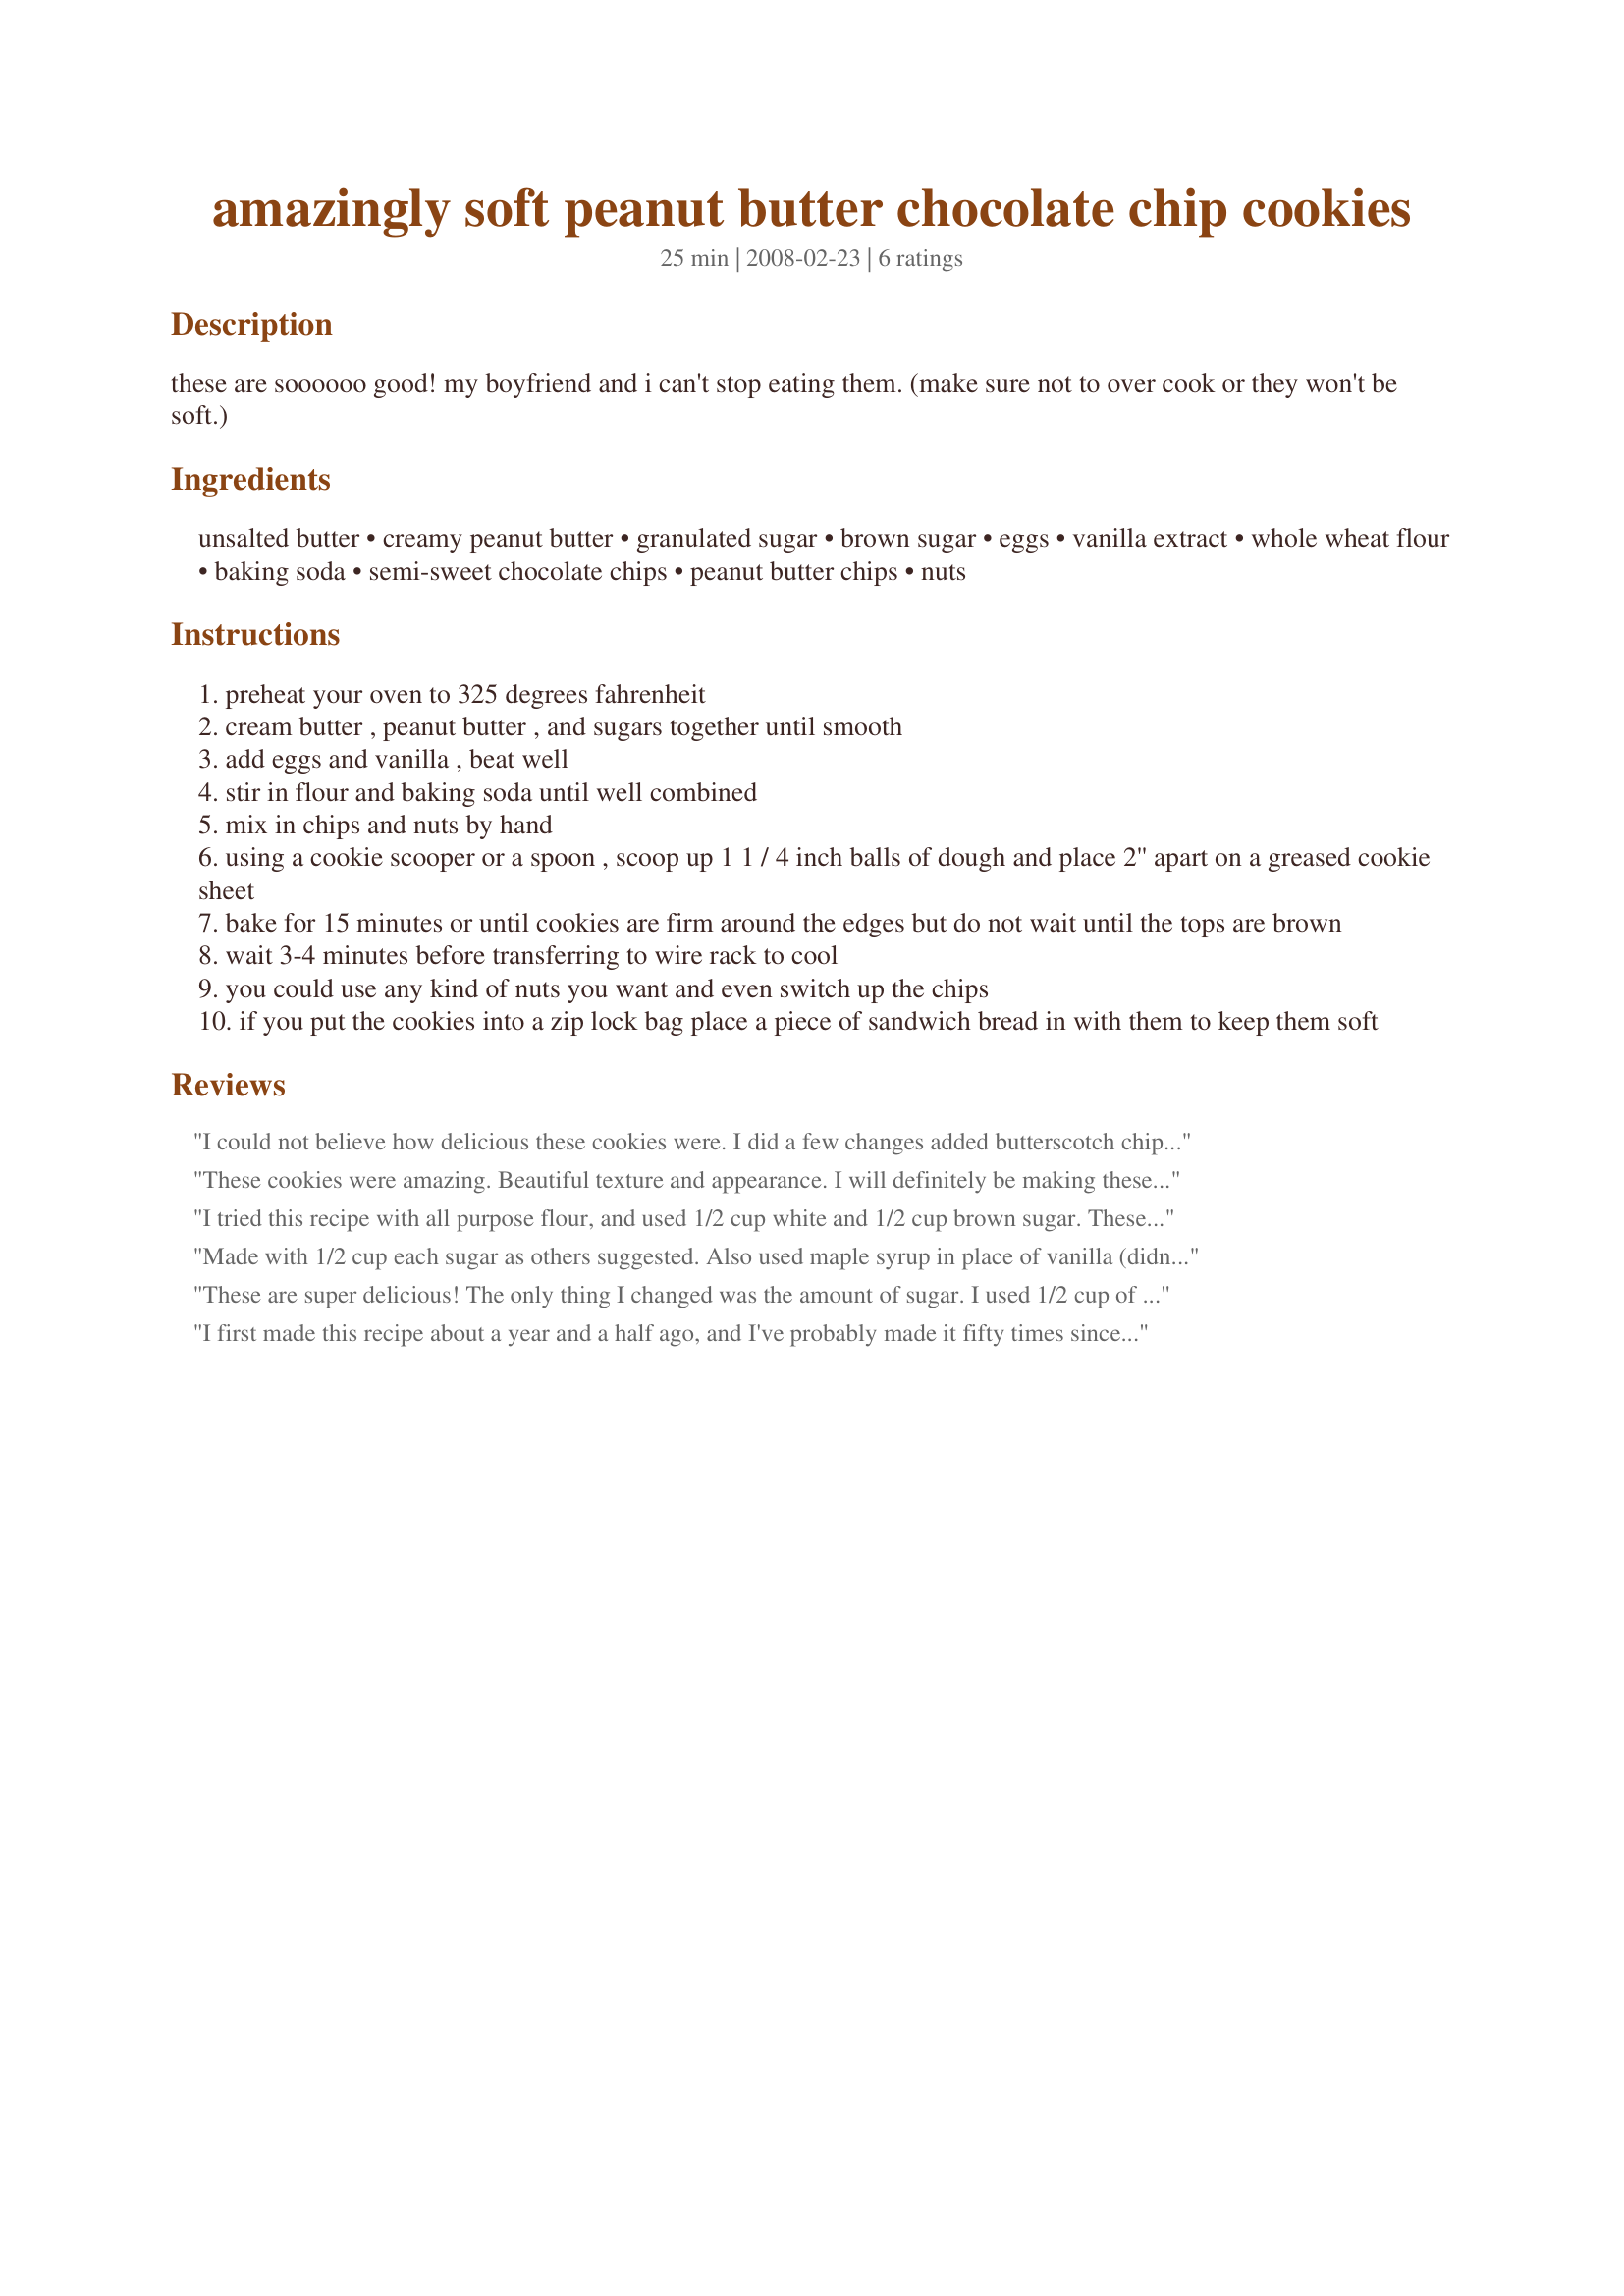
amazingly soft peanut butter chocolate chip cookies
Preparation time: 25 minutes

these are soooooo good! my boyfriend and i can't stop eating them.
(make sure not to over cook or they won't be soft.)

Ingredients:
unsalted butter, creamy peanut butter, granulated sugar, brown sugar, eggs, vanilla extract, whole wheat flour, baking soda, semi-sweet chocolate chips, peanut butter chips, nuts

Steps:
preheat your oven to 325 degrees fahrenheit
cream butter , peanut butter , and sugars together until smooth
add eggs and vanilla , beat well
stir in flour and baking soda until well combined
mix in chips and nuts by hand
using a cookie scooper or a spoon , scoop up 1 1 / 4 inch balls of dough and place 2'' apart on a greased cookie sheet
bake for 15 minutes or until cookies are firm around the edges but do not wait until the tops are brown
wait 3-4 minutes before transferring to wire rack to cool
you could use any kind of nuts you want and even switch up the chips
if you put the cookies into a zip lock bag place a piece of sandwich bread in with them to keep them soft

Reviews:
I could not believe how delicious these cookies were. I did a few changes added butterscotch chips w/ the chocolate chips. I love soft cookies &amp; my boyfriend loves crunchy and the cookies can be baked to a cruchy state. Bravo to the person that came up with this recipe.

Thank you from Hollister, California
Yvonne S.
These cookies were amazing. Beautiful texture and appearance. I will definitely be making these again, though next time I may try cutting back on the sugar a wee bit. They were a tad sweet for me. I can tell why they are so hard to resist!
I tried this recipe with all purpose flour, and used 1/2 cup white and 1/2 cup brown sugar. These cookies were delicious. I also added bits of crushed pretzels and sprinkled vanilla fleur de sel on top. The were incredible. I am going to try this recipe using whole wheat and all purpose flour next time.
Made with 1/2 cup each sugar as others suggested. Also used maple syrup in place of vanilla (didn't have any on hand). Used all chocolate chips- turned out great! Soft, chewy... like a little cloud if you eat them right out of the oven! Firmer when you actually let them cool, haha! Great all around.
These are super delicious! The only thing I changed was the amount of sugar. I used 1/2 cup of each sugar. I also used milk chocolate chips instead of semisweet.
I first made this recipe about a year and a half ago, and I've probably made it fifty times since then. It's definitely my go-to for super soft cookies! You do have to take them out before they look &quot;done&quot;, though, or they'll firm up a lot (but still taste great)!
